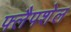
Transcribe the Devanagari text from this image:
फ्लैपशेल